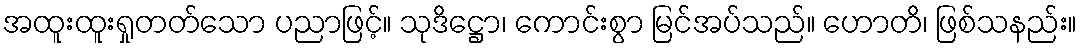
အထူးထူးရှုတတ်သော ပညာဖြင့်။ သုဒိဋ္ဌော၊ ကောင်းစွာ မြင်အပ်သည်။ ဟောတိ၊ ဖြစ်သနည်း။